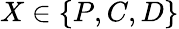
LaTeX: X\in\{ P,C,D\}